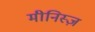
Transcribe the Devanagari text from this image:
मीनिस्ज़